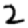
Digit: 2